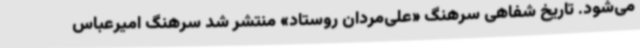
می‌شود. تاریخ شفاهی سرهنگ «علی‌مردان روستاد» منتشر شد سرهنگ امیرعباس